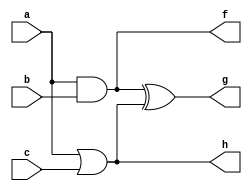
module top( a, b, c, g, f, h );
input a, b, c;
output g, f, h;
and ( f, a, b );
or ( h, a, c );
xor ( g, f, h );
endmodule